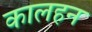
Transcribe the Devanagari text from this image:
कालहन